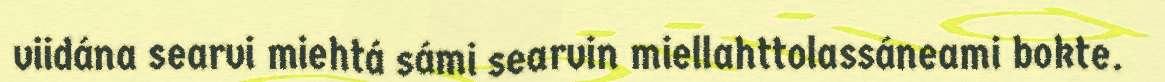
viidána searvi miehtá sámi searvin miellahttolassáneami bokte.